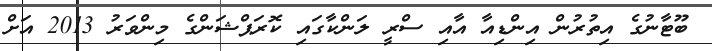
ބޫޓާނުގެ އިތުރުން އިންޑިއާ އާއި ސްރީ ލަންކާގައި ކޮރަޕްޝަންގެ މިންވަރު 2013 އަށް